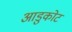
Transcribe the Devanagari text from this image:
आडुकोट